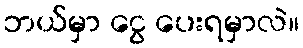
ဘယ်မှာ ငွေ ပေးရမှာလဲ။